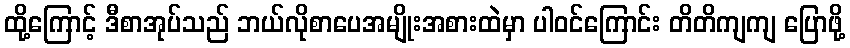
ထို့ကြောင့် ဒီစာအုပ်သည် ဘယ်လိုစာပေအမျိုးအစားထဲမှာ ပါဝင်ကြောင်း တိတိကျကျ ပြောဖို့